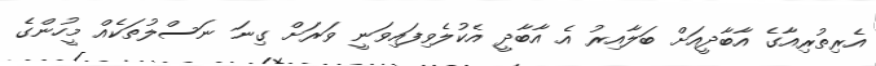
އެރިތުރިއާގެ އާބާދީއަށް ބަލާއިރު އެ އާބާދީ އެކުލެވިފައިވަނީ ވަރަށް ގިނަ ނަސްލުތަކެއް މީހުންގެ